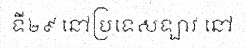
ទី២៩ នៅប្រទេសឡាវ នៅ